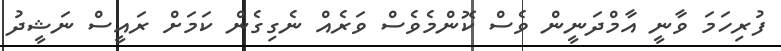
ފުރިހަމަ ވާނީ އާމްދަނީން ވެސް ކޮންމެވެސް ވަރެއް ނެގިގެން ކަމަށް ރައީސް ނަޝީދު